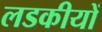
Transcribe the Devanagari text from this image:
लडकीयों